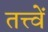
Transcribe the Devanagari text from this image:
तत्त्वें